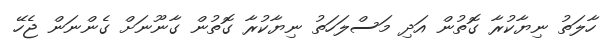
ހާލަތު ނިޔާކުރާ ގޮތުން އަދި މަސްލަހަތު ނިޔާކުރާ ގޮތުން ގާނޫނަށް ގެންނަން ޖެހޭ